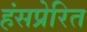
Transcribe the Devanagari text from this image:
हंसप्रेरित